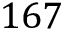
1 6 7